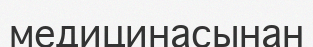
медицинасынан